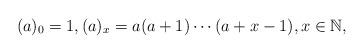
LaTeX: \begin{gather*}(a)_{0} =1, (a)_{x} =a ( a+1 ) \cdots ( a+x-1 ),x\in\mathbb{N},\end{gather*}